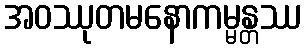
အဝဿုတမနောကမ္မန္တဿ